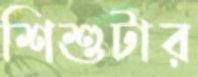
শিশুটার